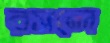
রসলে